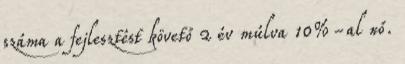
száma a fejlesztést követő 2 év múlva 10%-al nő.